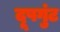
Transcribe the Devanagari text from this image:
दूषगुंट